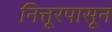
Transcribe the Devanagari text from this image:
नित्तूरपासून